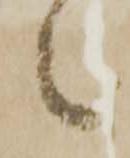
々